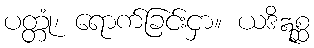
ပတ္တုံ၊ ရောက်ခြင်းငှာ။ ယဒိဣစ္ဆ